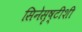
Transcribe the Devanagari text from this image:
सिनेसृष्टीशी